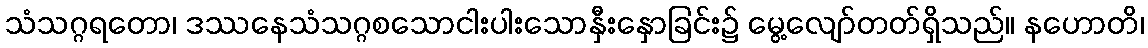
သံသဂ္ဂရတော၊ ဒဿနေသံသဂ္ဂစသောငါးပါးသောနှီးနှောခြင်း၌ မွေ့လျော်တတ်ရှိသည်။ နဟောတိ၊